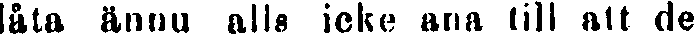
låta ännu alls icke ana till att de